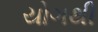
યોગથી